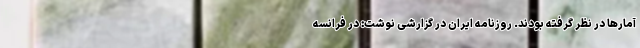
آمارها در نظر گرفته بودند. روزنامه ایران در گزارشی نوشت: در فرانسه